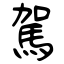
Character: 駕